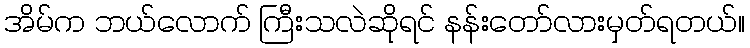
အိမ်က ဘယ်လောက် ကြီးသလဲဆိုရင် နန်းတော်လားမှတ်ရတယ်။